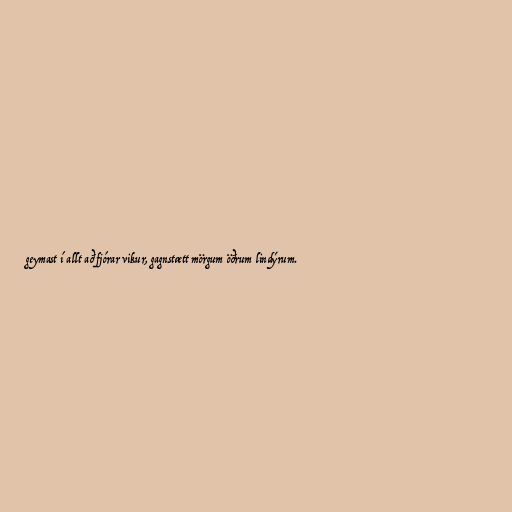
geymast í allt að fjórar vikur, gagnstætt mörgum öðrum lindýrum.